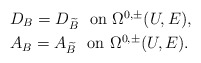
\begin{align*} &D_B=D_{\widetilde B}\ \ \mbox{on $\Omega^{0,\pm}(U,E)$}, \\&A_B=A_{\widetilde B}\ \ \mbox{on $\Omega^{0,\pm}(U,E)$}.\end{align*}